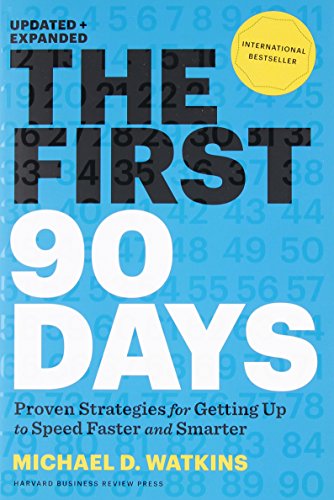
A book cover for The First 90 Days: Proven Strategies for Getting Up to Speed Faster and Smarter, Updated and Expanded; Michael D. Watkins; Business & Money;